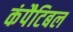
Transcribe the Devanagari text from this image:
कंपैटिबल